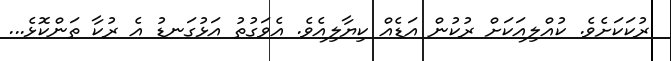
ރުކަކަށެވެ. ކުއްލިއަކަށް ރުކުން އަޑެއް ކިޔާލިއެވެ. އެވަގުތު އަޅުގަނޑު އެ ރުކާ ތަންކޮޅެ...